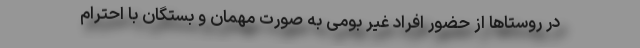
در روستاها از حضور افراد غیر بومی به صورت مهمان و بستگان با احترام